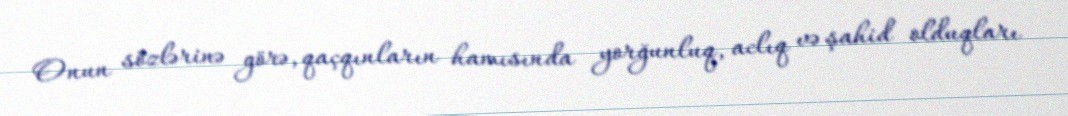
Onun sözlərinə görə, qaçqınların hamısında yorğunluq, aclıq və şahid olduqları